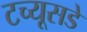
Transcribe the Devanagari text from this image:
टच्यूसडे